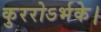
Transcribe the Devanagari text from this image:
कुररोऽर्भके।